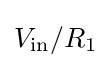
V_{\text{in}}/{R_{1}}